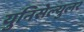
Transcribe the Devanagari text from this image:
युनिसेल्युलर